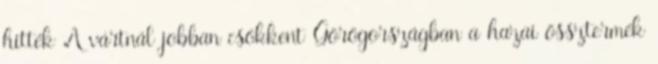
hitték A vártnál jobban csökkent Görögországban a hazai össztermék